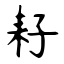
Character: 耔